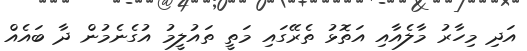
އަދި މިހާރު މާލެއާއި އަތޮޅު ތެރޭގައި މަތީ ތައުލީމު އުގެނެމުން ދާ ބައެއް